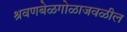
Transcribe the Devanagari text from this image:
श्रवणबेळगोळाजवळील